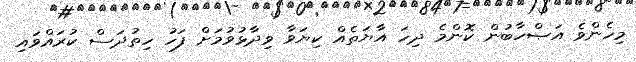
މިހެންވެ އަޞްހާބުން ކޮންމެ ދިހަ އާޔަތެއް ކިޔަވާ ވިދާޅުވުމަށް ފަހު ހިތުދަސް ކުރައްވައި